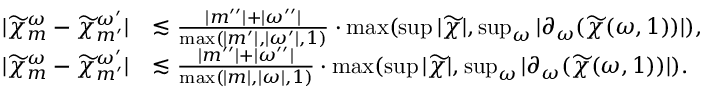
\begin{array} { r l } { | \widetilde { \chi } _ { m } ^ { \omega } - \widetilde { \chi } _ { m ^ { \prime } } ^ { \omega ^ { \prime } } | } & { \lesssim \frac { | m ^ { \prime \prime } | + | \omega ^ { \prime \prime } | } { \operatorname* { m a x } ( | m ^ { \prime } | , | \omega ^ { \prime } | , 1 ) } \cdot \operatorname* { m a x } ( \operatorname* { s u p } | \widetilde { \chi } | , \operatorname* { s u p } _ { \omega } | \partial _ { \omega } ( \widetilde { \chi } ( \omega , 1 ) ) | ) , } \\ { | \widetilde { \chi } _ { m } ^ { \omega } - \widetilde { \chi } _ { m ^ { \prime } } ^ { \omega ^ { \prime } } | } & { \lesssim \frac { | m ^ { \prime \prime } | + | \omega ^ { \prime \prime } | } { \operatorname* { m a x } ( | m | , | \omega | , 1 ) } \cdot \operatorname* { m a x } ( \operatorname* { s u p } | \widetilde { \chi } | , \operatorname* { s u p } _ { \omega } | \partial _ { \omega } ( \widetilde { \chi } ( \omega , 1 ) ) | ) . } \end{array}